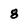
Character: g